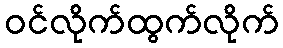
ဝင်လိုက်ထွက်လိုက်